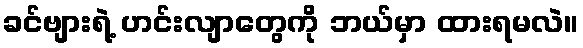
ခင်ဗျားရဲ့ ဟင်းလျာတွေကို ဘယ်မှာ ထားရမလဲ။